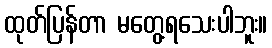
ထုတ်ပြန်တာ မတွေ့ရသေးပါဘူး။